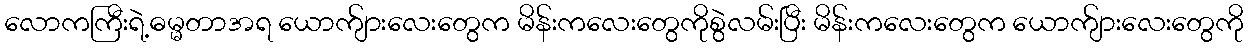
လောကကြီးရဲ့ဓမ္မတာအရ ယောက်ျားလေးတွေက မိန်းကလေးတွေကိုစွဲလမ်းပြီး မိန်းကလေးတွေက ယောက်ျားလေးတွေကို